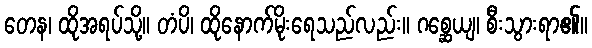
တေန၊ ထိုအရပ်သို့။ တံပိ၊ ထိုနောက်မိုးရေသည်လည်း။ ဂစ္ဆေယျ၊ စီးသွားရာ၏။